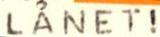
LÅNET!